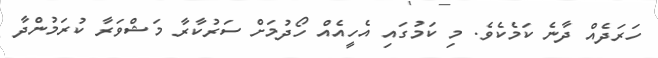
ހަރަދެއް ދާނެ ކަމެކެވެ. މި ކަމުގައި އެހީއެއް ހޯދުމަށް ސަރުކާރާ މަޝްވަރާ ކުރަމުންދާ